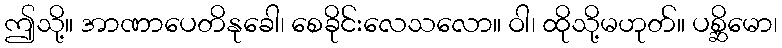
ဤသို့။ အာဏာပေတိနုခေါ၊ စေခိုင်းလေသလော။ ဝါ၊ ထိုသို့မဟုတ်။ ပစ္ဆိမော၊